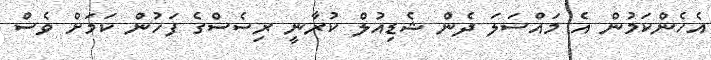
އެހެންކަމުން އެ މައްސަލަ ދެން ޝެޑިއުލް ކުރާނީ ރިސެސްގެ ފަހުން ކަމަށް ވެސް